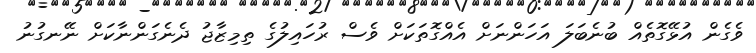
ވެގެން އުޅޭގޮތެއް ބުނެބަލަ އަހަންނަށް އެއްގޮތަކަށް ވެސް ރުހައިލުގެ ތިމިޒާޖު ދެނެގަންނާކަށް ނޭނގުނު